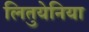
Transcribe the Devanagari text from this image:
लितुयेनिया